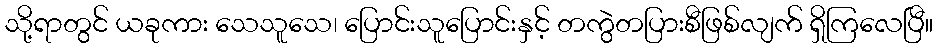
သို့ရာတွင် ယခုကား သေသူသေ၊ ပြောင်းသူပြောင်းနှင့် တကွဲတပြားစီဖြစ်လျက် ရှိကြလေပြီ။